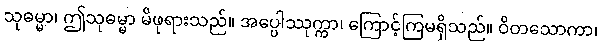
သုဓမ္မာ၊ ဤသုဓမ္မာ မိဖုရားသည်။ အပ္ပေါဿုက္ကာ၊ ကြောင့်ကြမရှိသည်။ ဝိတသောကာ၊